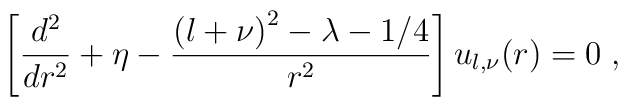
\left[ \frac{d^{2}}{dr^{2}} + \eta -\frac{ \left( l + \nu \right)^{2}  - \lambda- 1/4}{r^{2}}\right]  u_{l,\nu}(r) = 0\;  ,